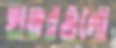
হাঙরগুলো